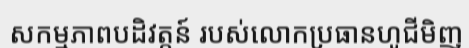
សកម្មភាពបដិវត្តន៍ របស់លោកប្រធានហូជីមិញ